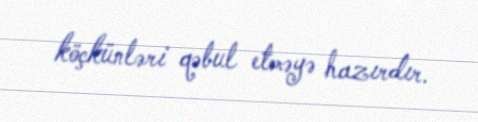
köçkünləri qəbul etməyə hazırdır.